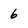
Character: 6